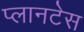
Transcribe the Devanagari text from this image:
प्लानटेस